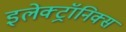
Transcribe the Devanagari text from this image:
इलेक्ट्रॉनिक्स